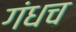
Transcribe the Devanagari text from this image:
गंधच